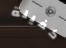
كفيلة